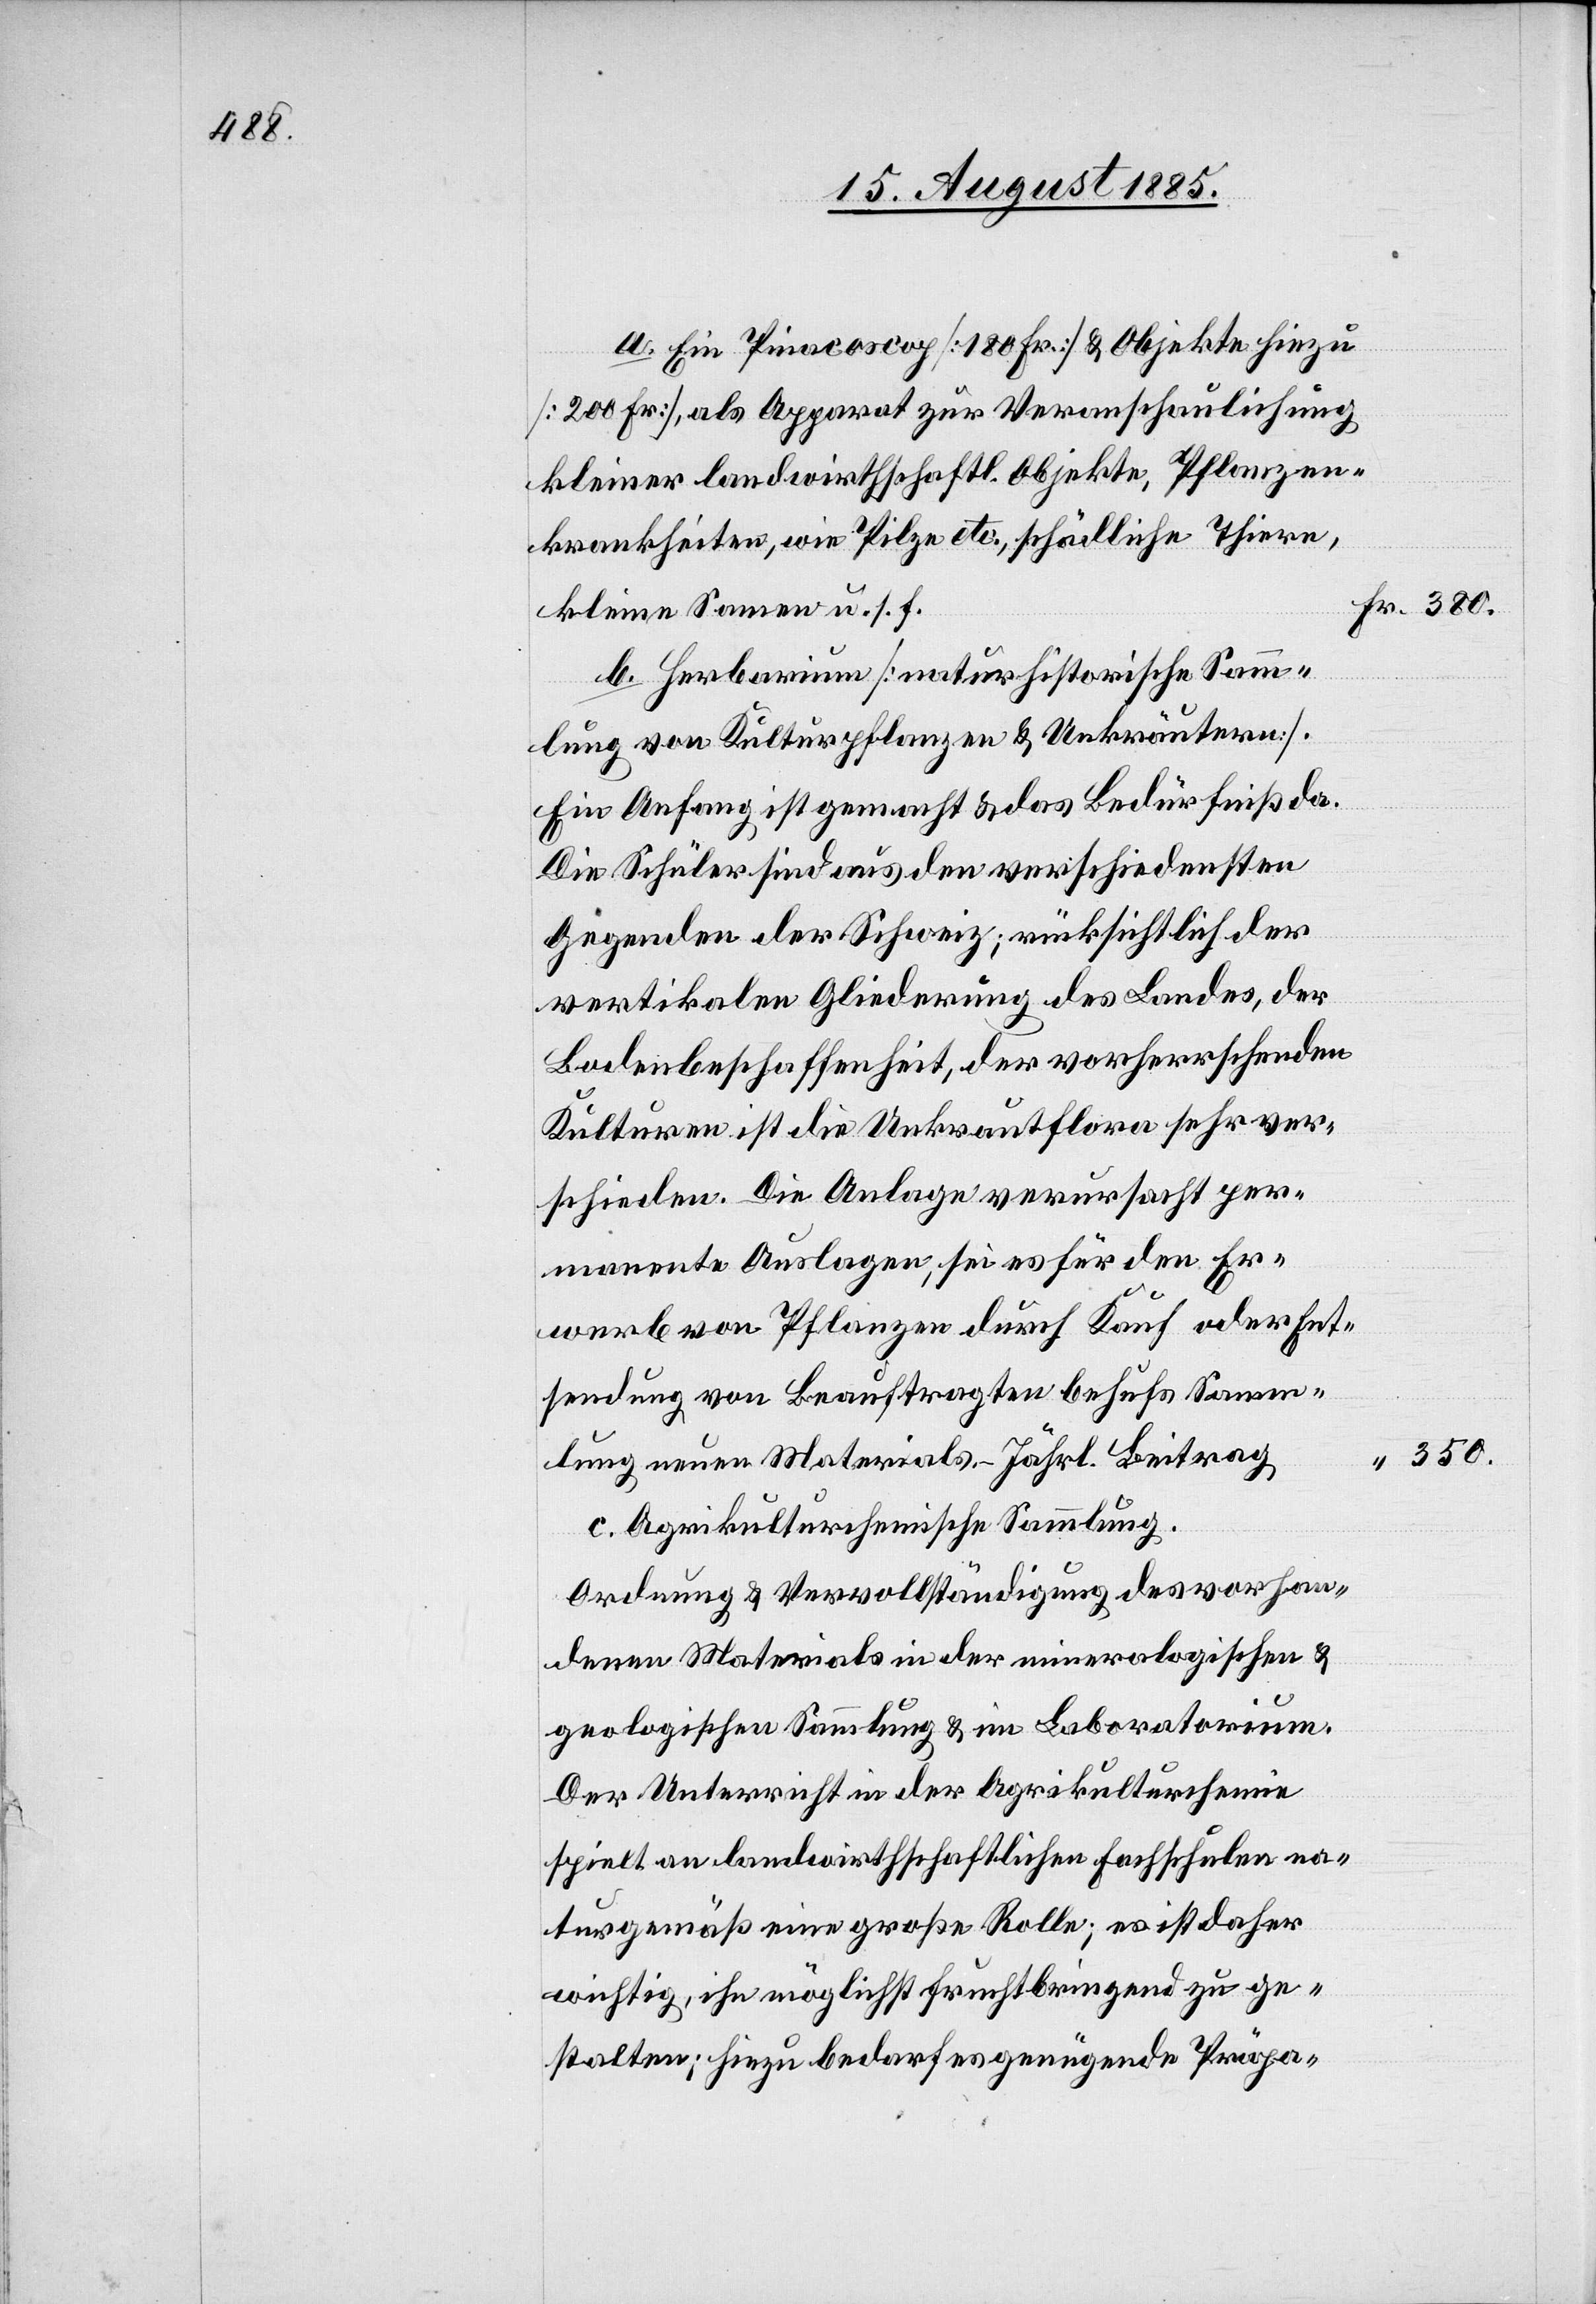
380.

a. Ein Pinacoscop [180 Fr.] & Objekte hiezu
[200 Fr.], als Apparat zur Veranschaulichung
kleiner landwirthschaftl. Objekte, Pflanzen¬
krankheiten, wie Pilze etc., schädliche Thiere,
kleine Samen u. s. f.
b. Herbarium [naturhistorische Samm¬
lung von Kulturpflanzen & Unkräutern].
Ein Anfang ist gemacht & das Bedürfniß da.
Die Schüler sind aus den verschiedensten
Gegenden der Schweiz; rücksichtlich der
vertikalen Gliederung des Landes, der
Bodenbeschaffenheit, der vorherrschenden
Kulturen ist die Unkrautflora sehr ver¬
schieden. Die Anlage verursacht per¬
manente Auslagen, sei es für den Er¬
werb von Pflanzen durch Kauf oder Ent¬
sendung von Beauftragten behufs Samm¬
lung neuen Materials. Jährl. Beitrag
c. Agrikulturchemische Sammlung.
Ordnung & Vervollständigung des vorhan¬
denen Materials in der mineralogischen &
geologischen Sammlung & im Laboratorium.
Der Unterricht in der Agrikulturchemie
spielt an landwirthschaftlichen Fachschulen na¬
turgemäß eine große Rolle; es ist daher
wichtig, ihn möglichst fruchtbringend zu ge¬
stalten; hiezu bedarf es genügende Präpa-

350.